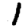
Digit: 1